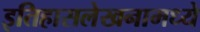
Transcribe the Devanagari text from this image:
इतिहासलेखनामध्ये